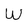
Character: W